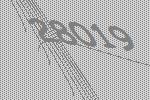
28019